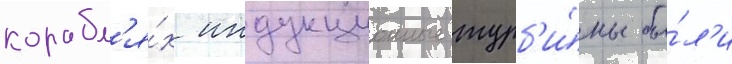
корабл'я́х индукционные турб'и́ны бы́л'и